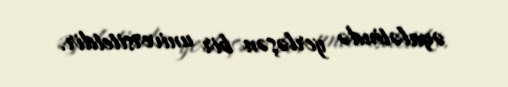
əyalətində yerləşən bir universitetdir.